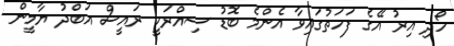
ހޯދި އިރު އޭގެ ފަހަތުގައިވާ އެންމެ ބޮޑު ސިއްރަކީ ރައީސް އަބްދު ޔާމީން